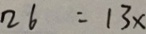
2 6 = 1 3 x